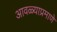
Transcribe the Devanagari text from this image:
आवळ्याप्रमाणे